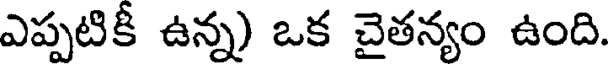
ఎప్పటికీ ఉన్న) ఒక చైతన్యం ఉంది.